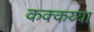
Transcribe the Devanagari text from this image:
कक्कय्या